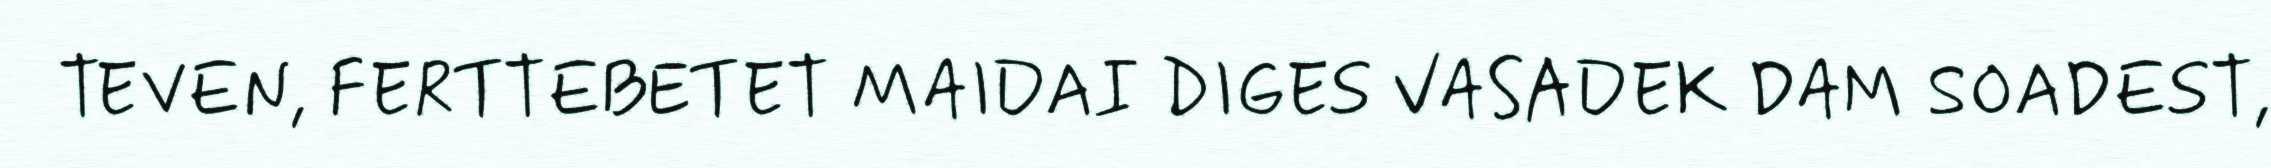
TEVEN, FERTTEBETET MAIDAI DIGES VASADEK DAM SOADEST,